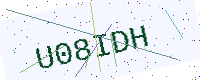
Text: U08IDH